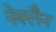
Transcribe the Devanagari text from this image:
नेक्लैन